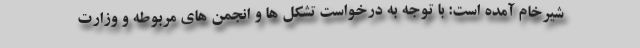
شیرخام آمده است: با توجه به درخواست تشکل ها و انجمن های مربوطه و وزارت